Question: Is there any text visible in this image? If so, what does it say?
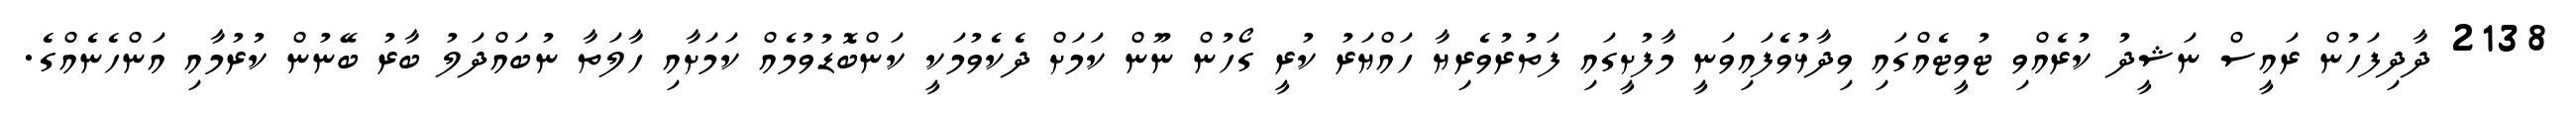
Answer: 2138 ދާދިފަހުން ރައީސް ނަޝީދު ކުރެއްވި ޓުވީޓެއްގައި ވިދާޅުވެފައިވަނީ މާފުށީގައި ފަތުރުވެރިޔާ ހައްޔަރު ކުރީ ގޯހުން ނޫން ކަމަށް ދެކެވުމަކީ ކަންބޮޑުވުމެއް ކަމަށާއި ހާލަތާ ނުބައްދަލު ބާރު ބޭނުން ކުރުމާއި އަންހެނެއްގެ.